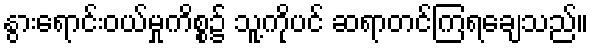
နွားရောင်းဝယ်မှုကိစ္စ၌ သူ့ကိုပင် ဆရာတင်ကြရချေသည်။